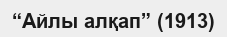
“Айлы алқап” (1913)